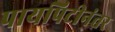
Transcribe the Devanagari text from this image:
पायपिटीनंतर